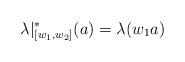
LaTeX: \begin{align*}\lambda|^*_{[w_1,w_2]}(a)= \lambda(w_1a)\end{align*}